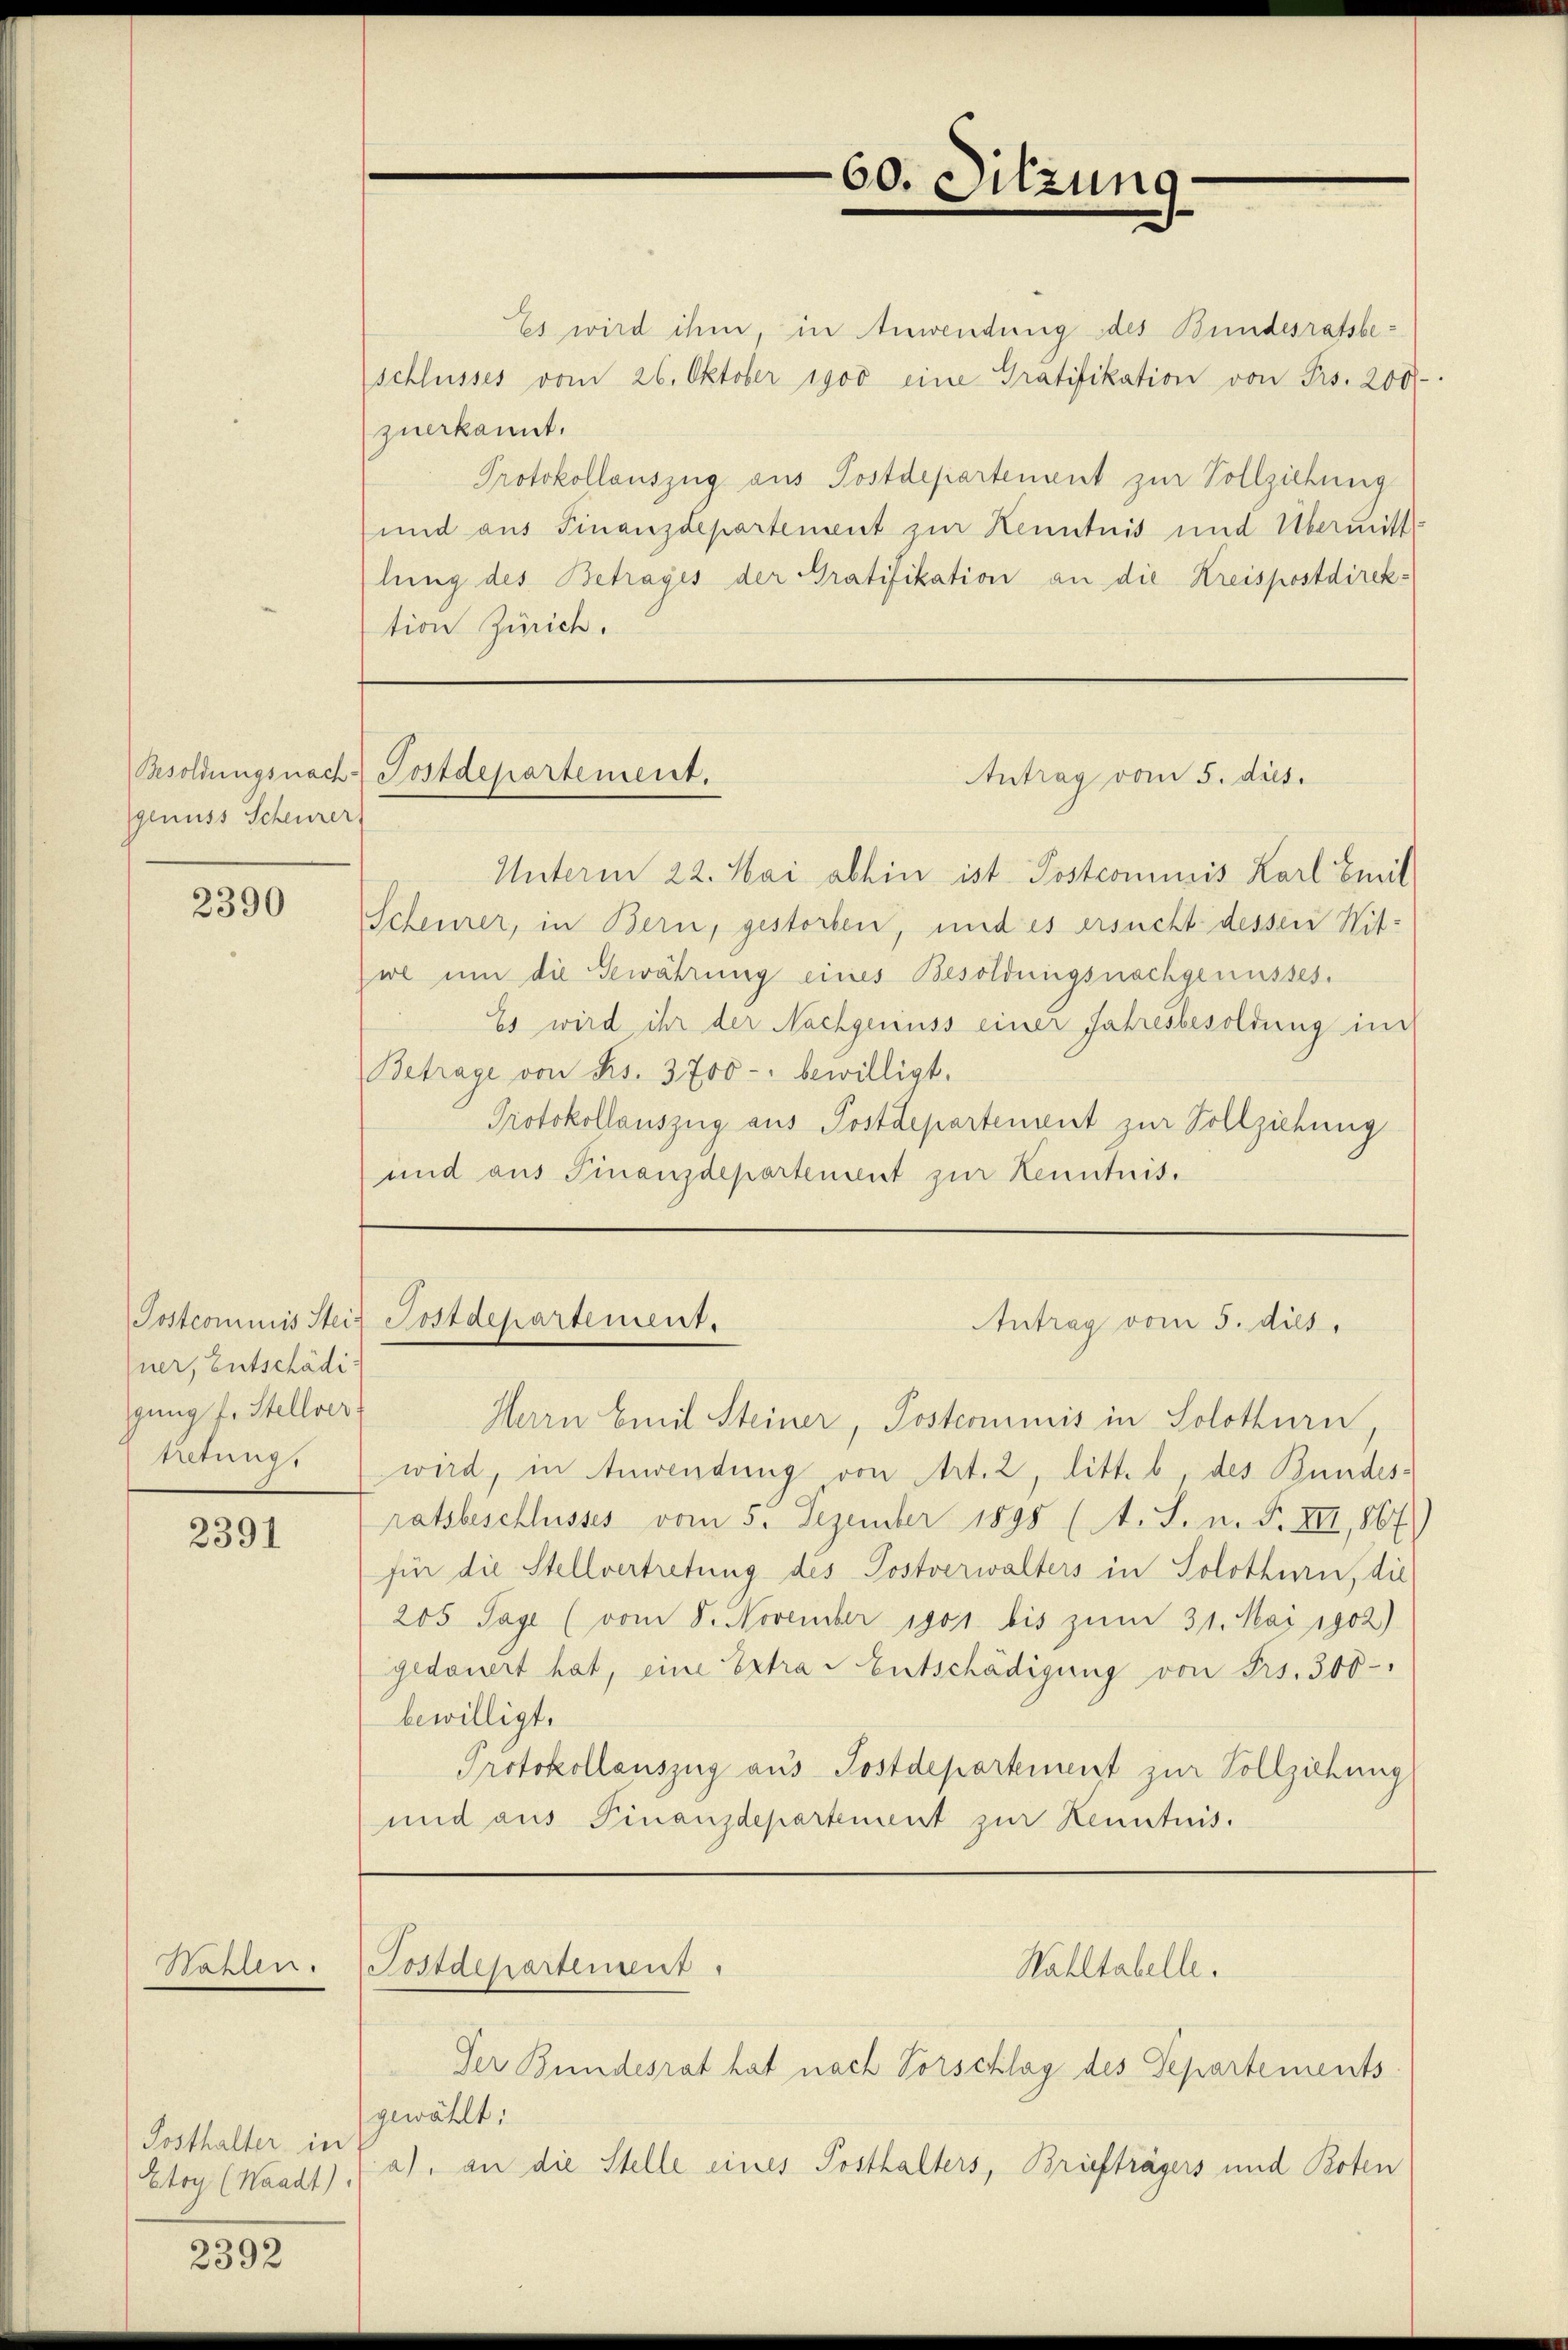
Besoldungsnach
genuss Scheurer.

2390

Postcommis Steiner, Entschädigung f. Stellver
Netungs

2391

Wahlen.

Posthalter in
Etoy (Waadt)

2392

Es wird ihm, in Anwendung des Bundesratsbeschlusses vom 26. Oktober 1900 eine Gratifikation von Frs. 200
zuerkannt.
Protokollauszug aus Postdepartement zur Vollziehung
und aus Finanzdepartement zur Kenntnis und Übermitt
lung des Betrages der Pratifikation an die Kreispostdirek-
tion Zürich.

Unterm 22. Mai abhin ist Postcommis Karl Emil
Scheurer, in Bern, gestorben, und es ersucht dessen Wit-
wi um die Gewährung eines Besoldungsnachgenusses.
Es wird ihr der Nachgenuss einer Jahresbesoldung im
Betrage von Rs. 3700 - bewilligt.
Protokollauszug aus Postdepartement zur Vollziehung
und aus Finanzdepartement zur Kenntnis.

Postdepartement.

Postdepartement.

Herrn Emil Steiner, Postcommis in Solothurn
wird, in Anwendung von Art. 2, litt. b, des Bundes-
ratsbeschlusses vom 5. Dezember 1895 (1. S. n. F. XII, 867
für die Stellvertretung des Postverwalters in Solothurn, die
205 Tage (vom 8. November 1901 bis zum 31. Mai 1902)
gedauert hat, eine Extra - Entschädigung von Frs. 300 -
bewilligt.
Protokollauszug aus Postdepartement zur Vollziehung
und aus Finanzdepartement zur Kenntnis.

Postdepartement.

Der Bundesrat hat nach Vorschlag des Departements

60. Sitzung

Antrag vom 5. dies

Antrag vom 5. dies

Wahltabelle.

gewählt:
a) an die Stelle eines Posthalters, Briefträgers und Boten